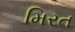
મિરત